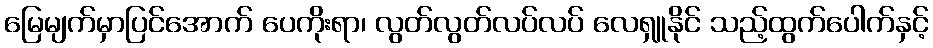
မြေမျက်မှာပြင်အောက် ပေကိုးရာ၊ လွတ်လွတ်လပ်လပ် လေရှူနိုင် သည့်ထွက်ပေါက်နှင့်